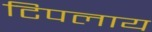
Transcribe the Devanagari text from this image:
टिपलाय